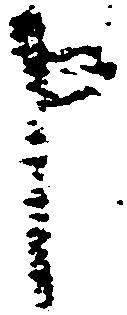
申